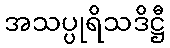
အသပ္ပုရိသဒိဋ္ဌီ